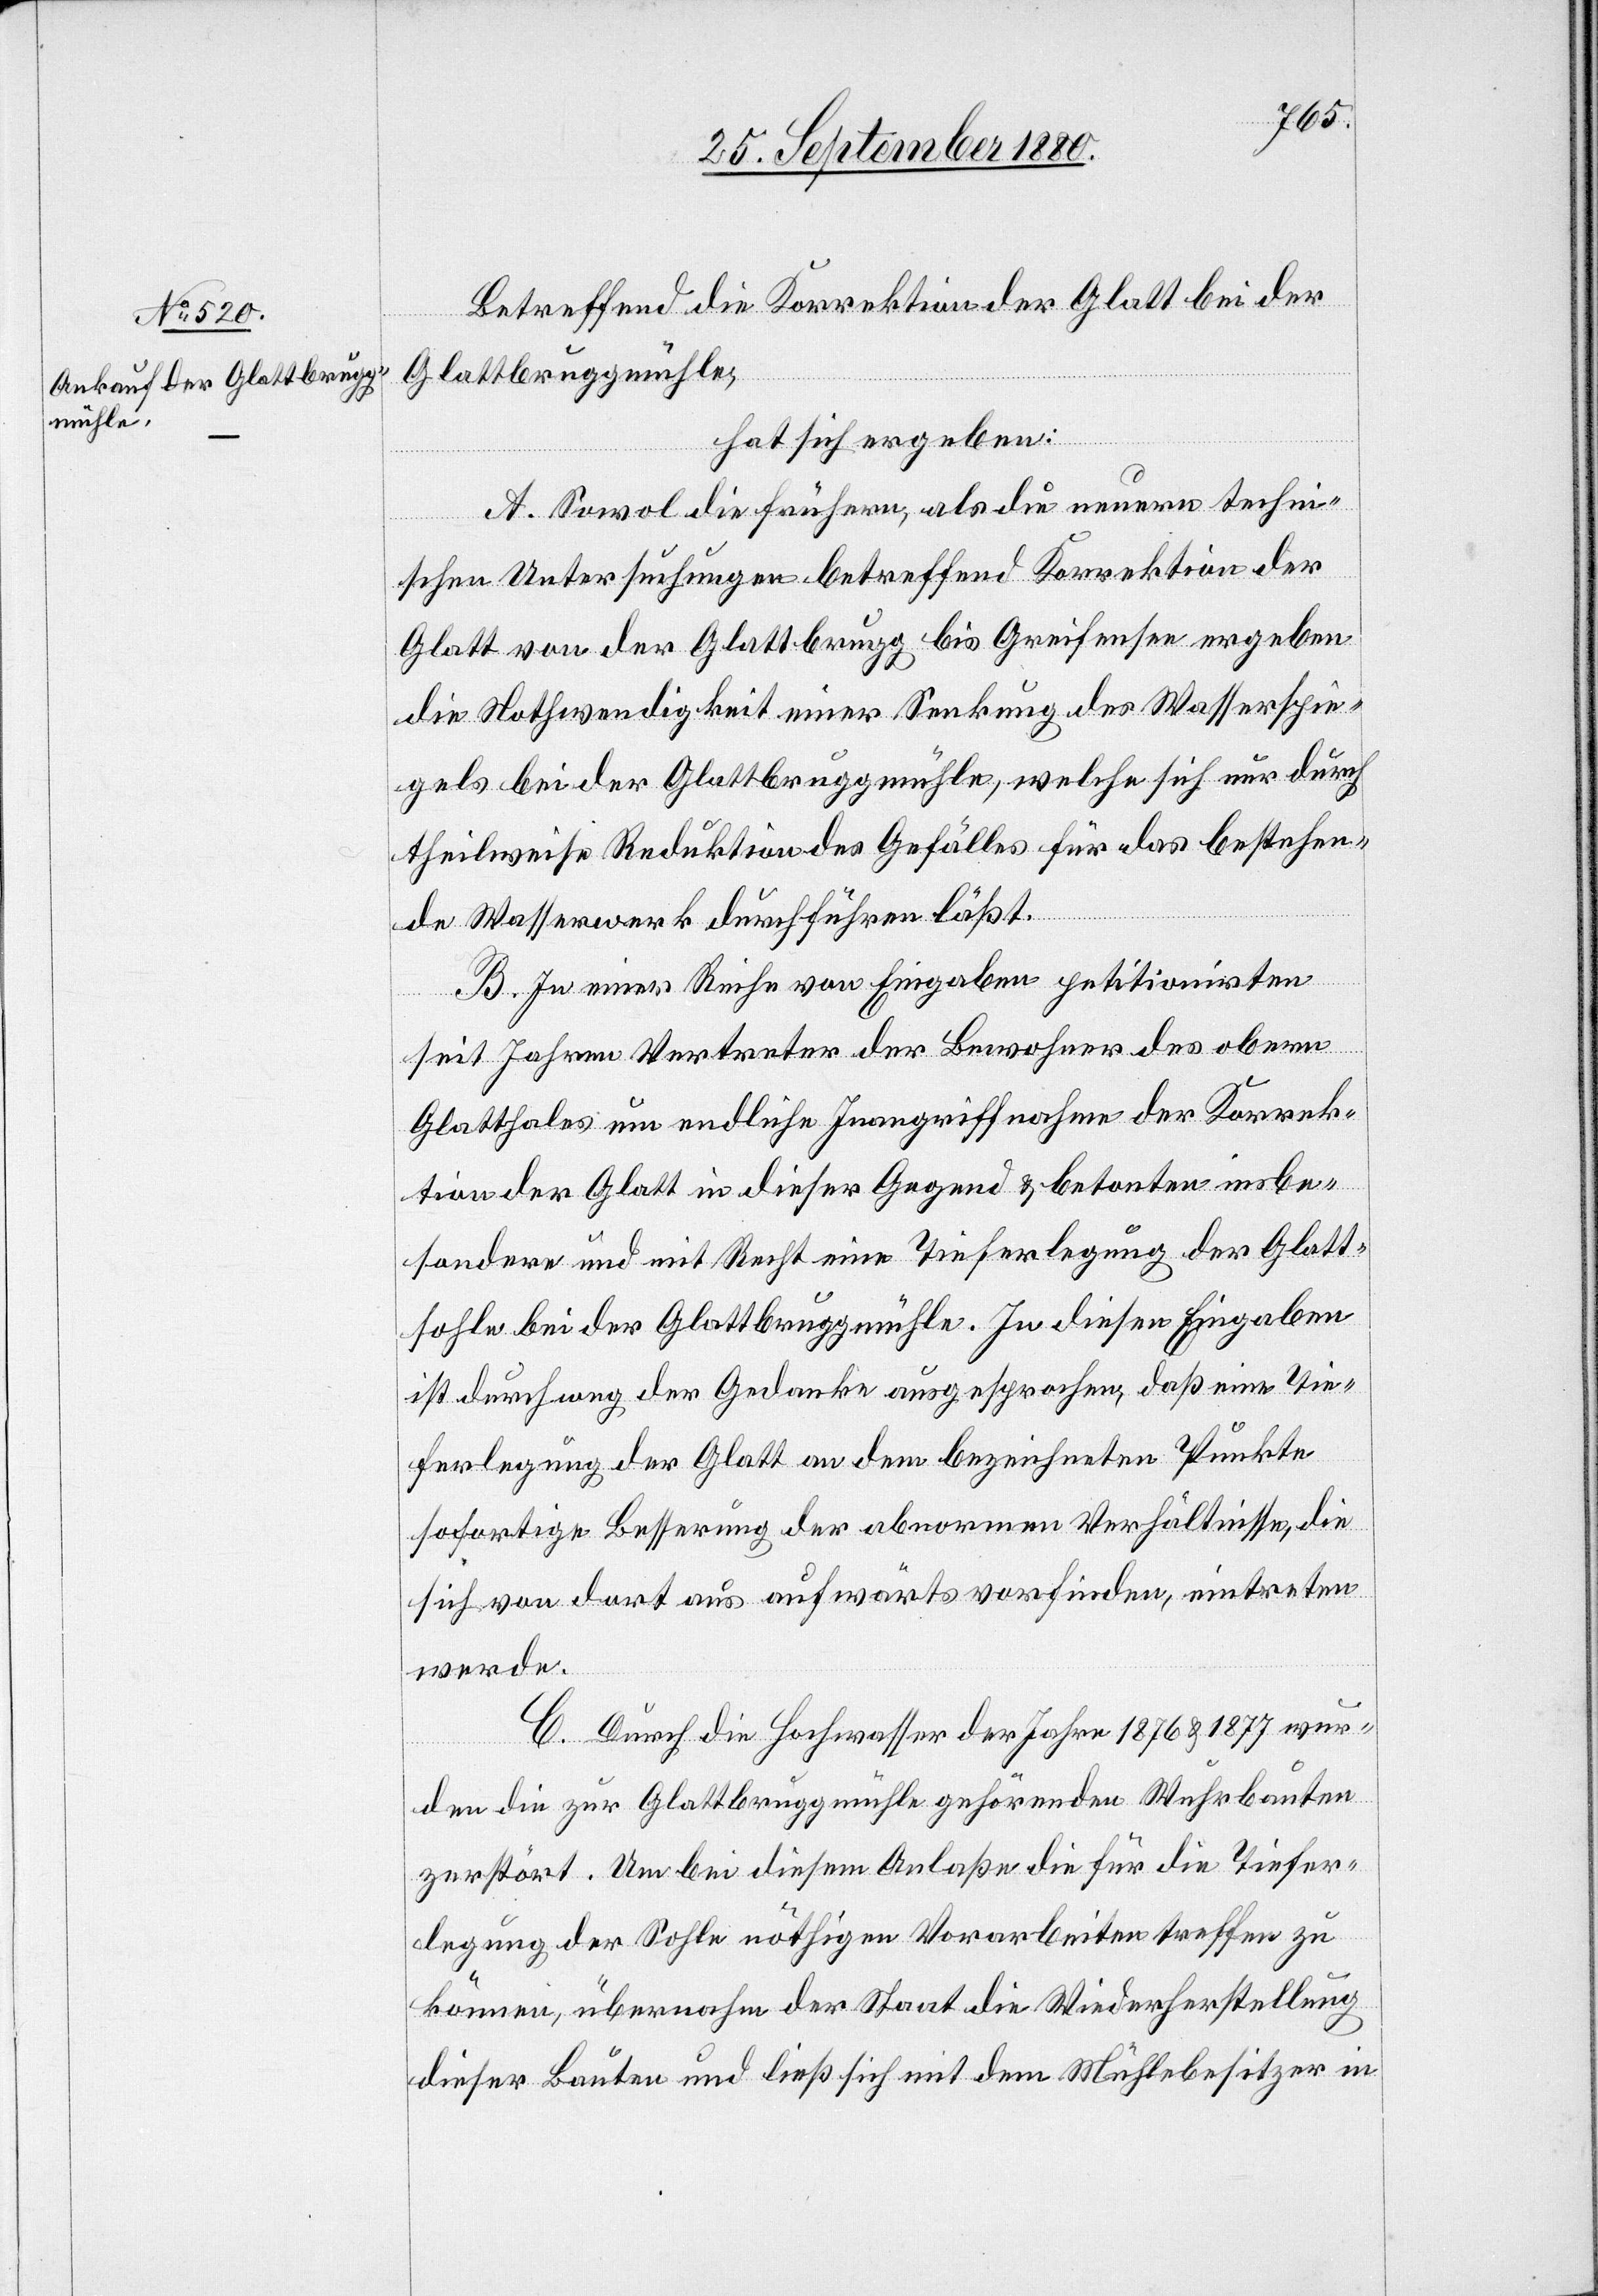
Betreffend die Korrektion der Glatt bei der
Glattbruggmühle,
hat sich ergeben:
A. Sowol die frühern, als die neuern techni¬
schen Untersuchungen betreffend Korrektion der
Glatt von der Glattbrugg bis Greifensee ergeben
die Nothwendigkeit einer Senkung des Wasserspie¬
gels bei der Glattbruggmühle, welche sich nur durch
theilweise Reduktion des Gefälles für das bestehen¬
de Wasserwerk durchführen läßt.
B. In einer Reihe von Eingaben petitionirten
seit Jahren Vertreter der Bewohner des obern
Glatthales um endliche Inangriffnahme der Korrek¬
tion der Glatt in dieser Gegend & betonten insbe¬
sondere und mit Recht eine Tieferlegung der Glatt¬
sohle bei der Glattbruggmühle. In diesen Eingaben
ist durchweg der Gedanke ausgesprochen, daß eine Tie¬
ferlegung der Glatt an dem bezeichneten Punkte
sofortige Besserung der abnormen Verhältnisse, die
sich von dort aus aufwärts vorfinden, eintreten
werde.
C. Durch die Hochwasser der Jahre 1876 & 1877 wur¬
den die zur Glattbruggmühle gehörenden Wehrbauten
zerstört. Um bei diesem Anlaße die für die Tiefer¬
legung der Sohle nöthigen Vorarbeiten treffen zu
können, übernahm der Staat die Wiederherstellung
dieser Bauten und ließ sich mit dem Mühlebesitzer in